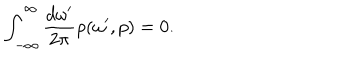
\int _ { - \infty } ^ { \infty } \frac { d \omega ^ { \prime } } { 2 \pi } \rho ( \omega ^ { \prime } , p ) = 0 .